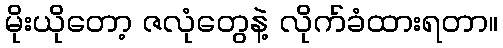
မိုးယိုတော့ ဇလုံတွေနဲ့ လိုက်ခံထားရတာ။